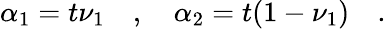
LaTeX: \alpha_{1}=t\nu_{1}\quad,\quad\alpha_{2}=t(1-\nu_{1})\quad.